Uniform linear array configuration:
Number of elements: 12
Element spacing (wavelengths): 0.5
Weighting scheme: uniform
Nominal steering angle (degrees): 60
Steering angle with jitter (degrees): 61.114
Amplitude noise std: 0.05
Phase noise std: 0.05

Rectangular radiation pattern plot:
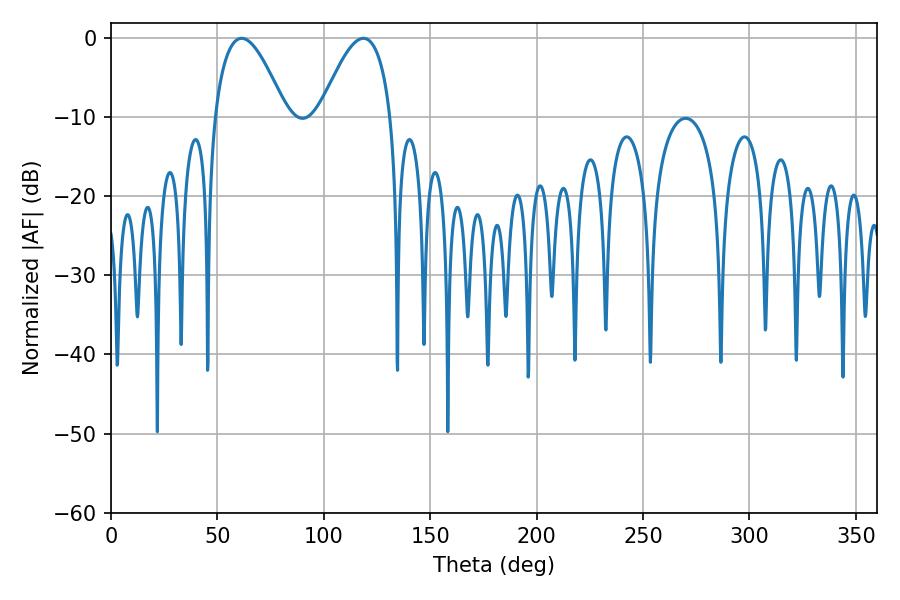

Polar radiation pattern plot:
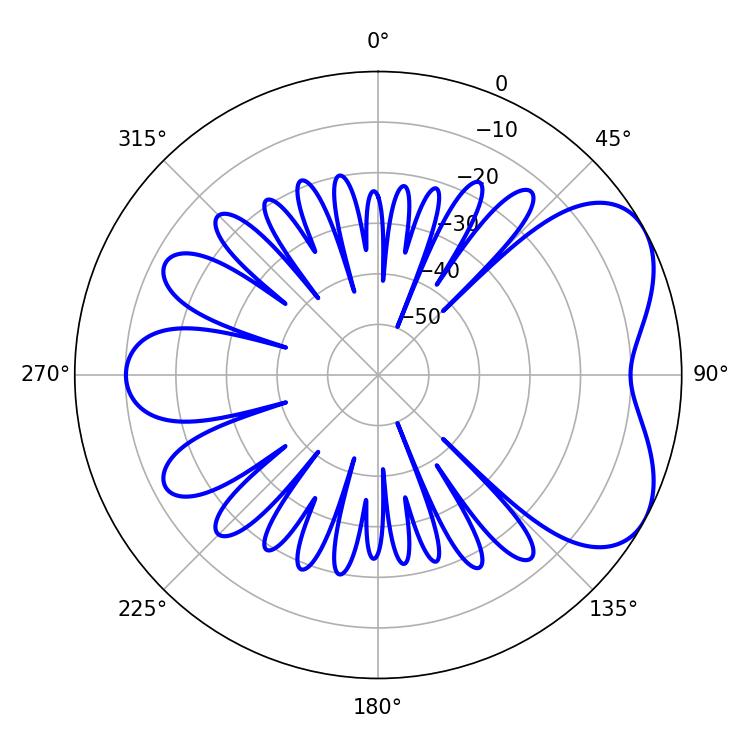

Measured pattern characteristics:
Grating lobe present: FALSE
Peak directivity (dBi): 5.345
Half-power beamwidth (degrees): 18.36
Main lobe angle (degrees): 61.38